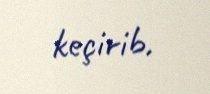
keçirib.